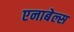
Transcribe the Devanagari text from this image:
एनाबेल्स